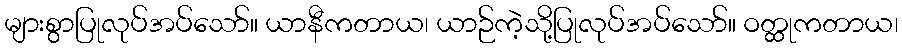
များစွာပြုလုပ်အပ်သော်။ ယာနီကတာယ၊ ယာဉ်ကဲ့သို့ပြုလုပ်အပ်သော်။ ဝတ္ထုကတာယ၊